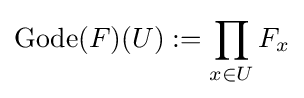
\operatorname {Gode} (F)(U):=\prod _{x\in U}F_{x}